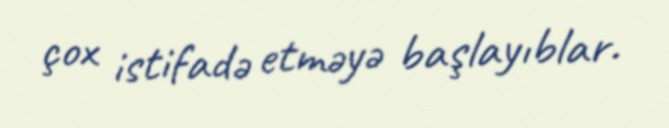
çox istifadə etməyə başlayıblar.